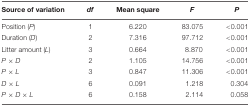
<table><thead><tr><td><b>Source of variation</b></td><td><b><i>df</i></b></td><td><b>Mean square</b></td><td><b><i>F</i></b></td><td><b><i>P</i></b></td></tr></thead><tbody><tr><td>Position (<i>P</i>)</td><td>1</td><td>6.220</td><td>83.075</td><td>&lt;0.001</td></tr><tr><td>Duration (<i>D</i>)</td><td>2</td><td>7.316</td><td>97.712</td><td>&lt;0.001</td></tr><tr><td>Litter amount (<i>L</i>)</td><td>3</td><td>0.664</td><td>8.870</td><td>&lt;0.001</td></tr><tr><td><i>P</i> × <i>D</i></td><td>2</td><td>1.105</td><td>14.756</td><td>&lt;0.001</td></tr><tr><td><i>P</i> × <i>L</i></td><td>3</td><td>0.847</td><td>11.306</td><td>&lt;0.001</td></tr><tr><td><i>D</i> × <i>L</i></td><td>6</td><td>0.091</td><td>1.218</td><td>0.304</td></tr><tr><td><i>P</i> × <i>D</i> × <i>L</i></td><td>6</td><td>0.158</td><td>2.114</td><td>0.058</td></tr></tbody></table>